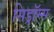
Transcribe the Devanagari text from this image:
सिड्रॉम्स